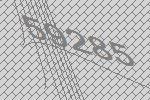
59285